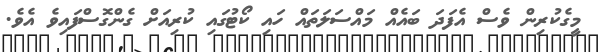
މީގެކުރިން ވެސް އެފަދަ ބައެއް މައްސަލަތައް ހައި ކޯޓުގައި ކުރިއަށް ގެންގޮސްފައިވެ އެވެ.